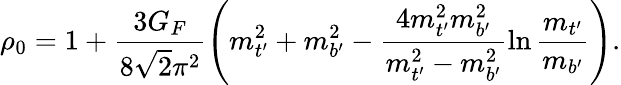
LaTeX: \rho_{0}=1+\frac{3G_{F}}{8{\sqrt 2}\pi^{2}}\left(m_{t^{\prime}}^{2}+m_{b^{\prime}}^{2}-\frac{4m_{t^{\prime}}^{2}m_{b^{\prime}}^{2}}{m_{t^{\prime}}^{2}-m_{b^{\prime}}^{2}}\ln\frac{m_{t^{\prime}}}{m_{b^{\prime}}}\right).